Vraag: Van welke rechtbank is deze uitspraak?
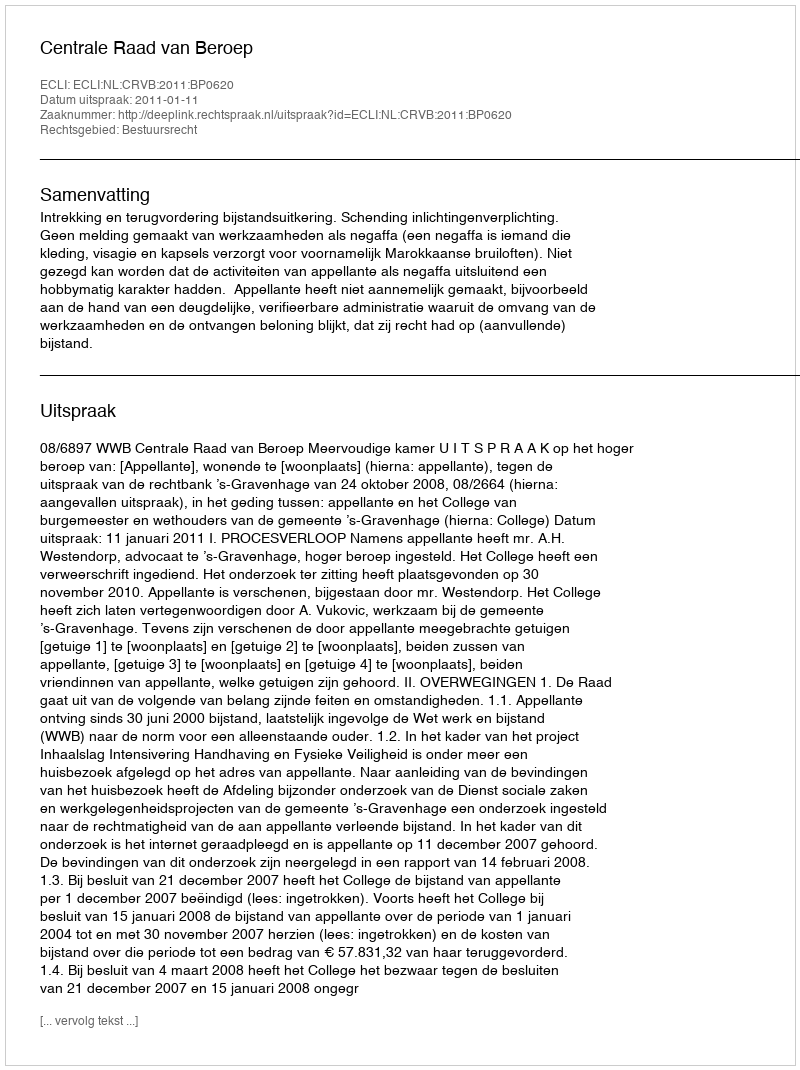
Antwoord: Centrale Raad van Beroep